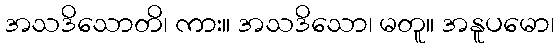
အသဒိသောတိ၊ ကား။ အသဒိသော၊ မတူ။ အနူပမော၊